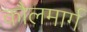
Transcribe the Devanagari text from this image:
कौलमार्ग